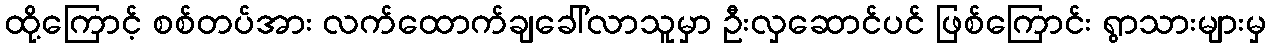
ထို့ကြောင့် စစ်တပ်အား လက်ထောက်ချခေါ်လာသူမှာ ဦးလှဆောင်ပင် ဖြစ်ကြောင်း ရွာသားများမှ